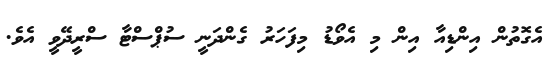
އެގޮތުން އިންޑިއާ އިން މި އެވޯޑު މިފަހަރު ގެންދަނީ ސުޕްސްޓާ ސްރީދޭވީ އެވެ.